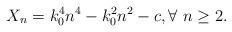
LaTeX: \begin{align*}X_n = k_0^4n^4 -k_0^2n^2 -c,\forall\ n\geq 2.\end{align*}